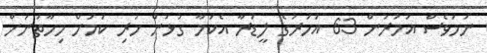
ނަމަވެސް އުމުރުން 63 އަހަރުގެ ލީޑަރާ އެކަމާ ގުޅުން ހުރި ކަމަށް މިހާތަނަށް